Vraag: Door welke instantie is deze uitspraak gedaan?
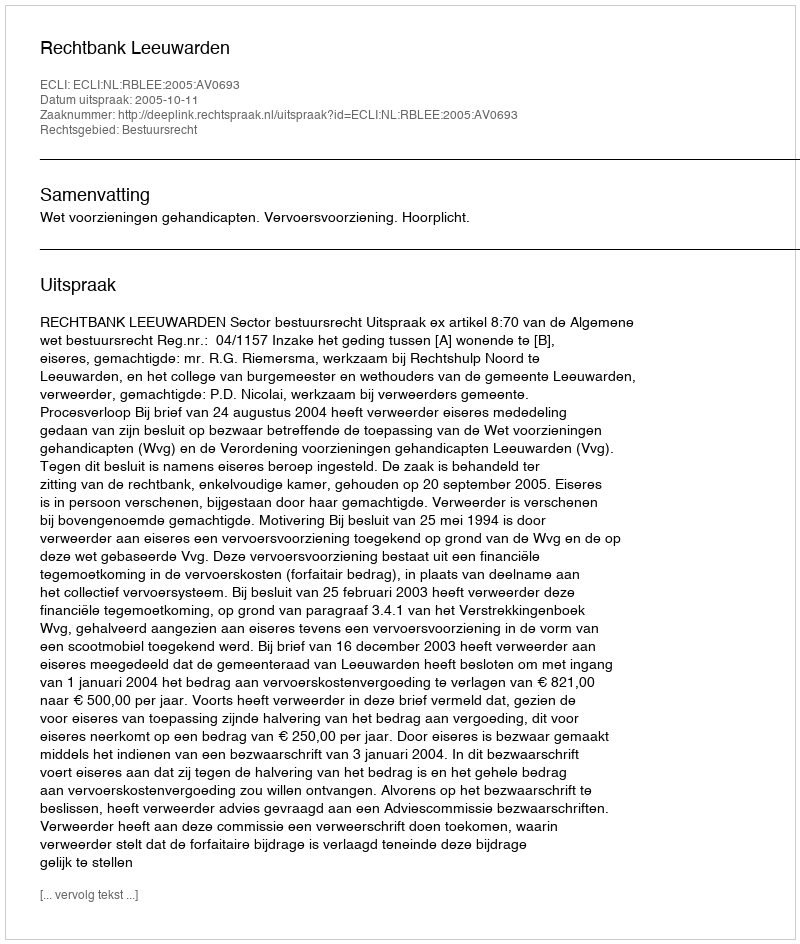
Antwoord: Rechtbank Leeuwarden